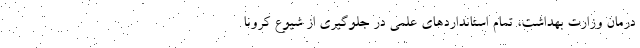
درمان وزارت بهداشت، تمام استانداردهای علمی در جلوگیری از شیوع کرونا